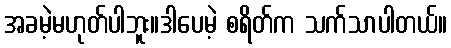
အခမဲ့မဟုတ်ပါဘူး။ဒါပေမဲ့ စရိတ်က သက်သာပါတယ်။